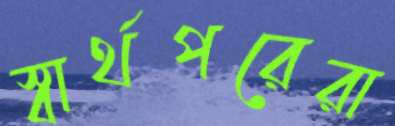
স্বার্থপরেরা